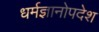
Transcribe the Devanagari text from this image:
धर्मज्ञानोपदेश